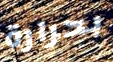
بحرارة